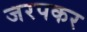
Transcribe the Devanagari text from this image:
जरपकर